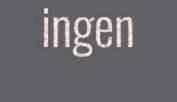
ingen